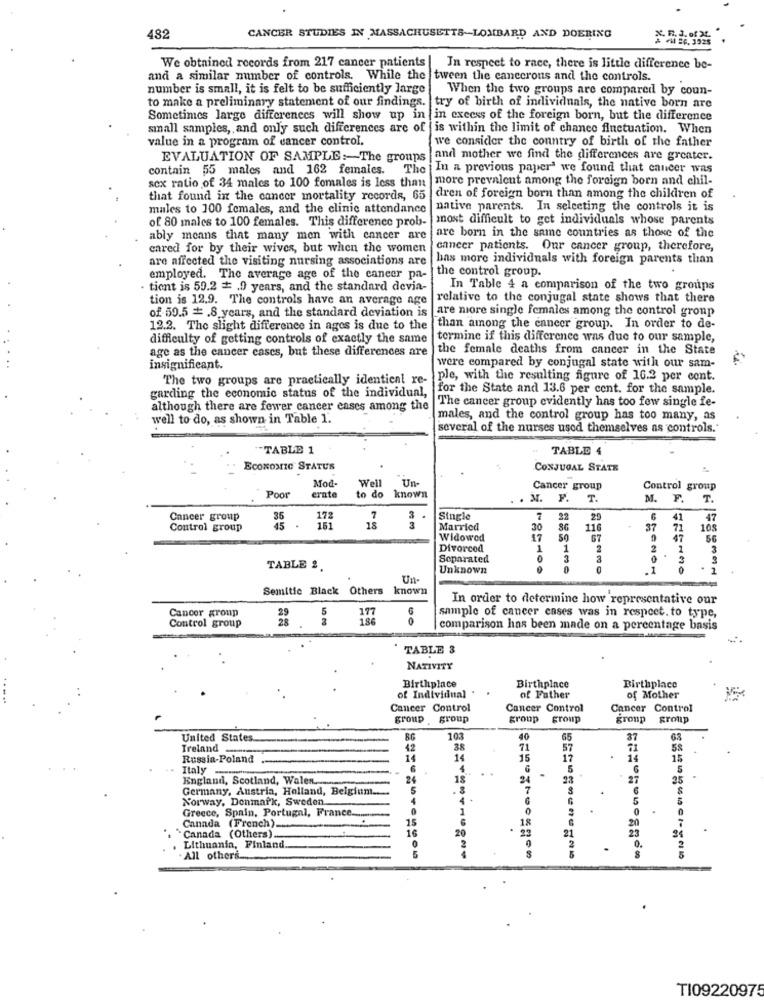
482
CANCER STUDIES IN MASSACHUSETTS-LOMBARD AND DOERING
We obtained records from 217 cancer patients | In respect to race, there is little difference be-
and a similar number of controls. While the tween the cancerous and the controls.
number is small, it is felt to be sufficiently large
When the two groups are compared by coun-
to make a preliminary statement of our findings. try of birth of individuals, the native born are
Sometimes large differences will show up in in excess of the foreign born, but the difference
sinall samples, and only such differences are of is within the limit of chance fluctuation. When
value in a program of cancer control.
we consider the country of birth of the father
EVALUATION OF SAMPLE :- The groups and mother we find the differences are greater.
contain 55 males and 162 females. The In a previous paper' we found that cancer was
more prevalent among the foreign born and chil-
sex ratio of 34 males to 100 fomales is less than
that found in the cancer mortality records, 65
dren of foreign born than among the children of
males to 100 females, and the clinic attendance
native parents. In selecting the controls it is
of 80 males to 100 females. This difference prob-
most difficult to get individuals whose parents
ably means that many men with cancer are are born in the same countries as those of the
cared for by their wives, but when the women
cancer patients. Our cancer group, therefore,
are affected the visiting nursing associations are
has more individuals with foreign parents than
employed. The average age of the cancer pa- | the control group.
· tient is 59.2 # .9 years, and the standard devia-
In Table 4 a comparison of the two groups
tion is 12.9. The controls have an average age
relative to the conjugal state shows that there
of 59.5 # .8 years, and the standard deviation is
are more single females among the control group
12.2. The slight difference in ages is due to the
than among the cancer group. In order to de-
difficulty of getting controls of exactly the same
termine if this difference was due to our sample,
age as the cancer cases, but these differences are
the female deaths from cancer in the State
insignificant.
were compared by conjugal state with our sam-
The two groups are practically identical re- ple, with the resulting figure of 16.3 per cont.
garding the economic status of the individual,
for the State and 13.6 per cent. for the sample.
The cancer group evidently has too few single fe-
although there are fewer cancer cases among the
well to do, as shown in Table 1.
males, and the control group has too many, as
several of the nurses used themselves as controls."
TABLE 1
TABLE 4
ECONOMIC STATUS
CONJUGAL STATE
Mod-
Well
Un-
Cancer group
Control group
Poor
ernte
to do
known
. . M. F.
T.
M.
F.
T.
Cancer group
Single
7
22
41
47
Control group
. 161
18
Married
30
110
37
71
10$
Widowed
17
67
47
56
Divorced
1
1
2
2
1
3
Separated
0
3
TABLE 2
Unknown
0
.1
Un-
Semitic Black Others known
In order to determine how representative our
Cancer group
5
177
Control group
186
00
sample of cancer cases was in respect. to type,
comparison has been made on a percentage basis
TABLE 3
NATIVITY
Birthplace
Birthplace
Birthplace
of Individual .
of Father
of Mother
Cancer Control
Cancer Control
Cancer Control
group
group
group group
group
group group
United States
80
103
40
65
37
Ireland_
42
38
71
57
58
Russia-Poland
14
15
17
14
15
Italy
6
4
5
5
England, Scotland, Walen ....
24
18
24
23
27
25
Germany, Austria, Holland, Belgium.
5
7
Norway, Denmark, Sweden
4
4
.
Greece, Spain, Portugal, France .......
0
1
18
20
Canada (Others)
Canada (French) ...
15
20
25
21
23
16
2
Lithuania, Finland.
0.
All others
$
TI09220975